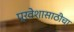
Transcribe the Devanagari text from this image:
प्रवेशासाठीचा